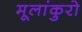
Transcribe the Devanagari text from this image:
मूलांकुरो